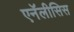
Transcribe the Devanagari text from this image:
एनॅलीसिस